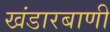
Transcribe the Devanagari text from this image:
खंडारबाणी